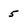
Character: 5